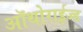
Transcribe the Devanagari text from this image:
ऑथोराईज्ड